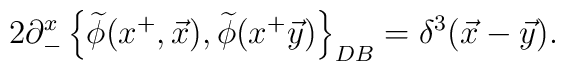
2 \partial_{-}^x \left\{ \widetilde{\phi}(x^{+}, \vec{x}),\widetilde{\phi}(x^{+}\vec{y})\right\}_{DB} = \delta^3(\vec{x} - \vec{y}).